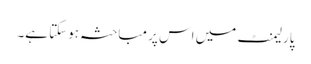
پارلیمنٹ میں اس پر مباحثہ ہوسکتا ہے۔